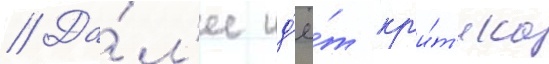
// Да́л'ее ид'ё́т кр'и́т'ика